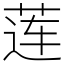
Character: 莲